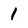
Character: 1